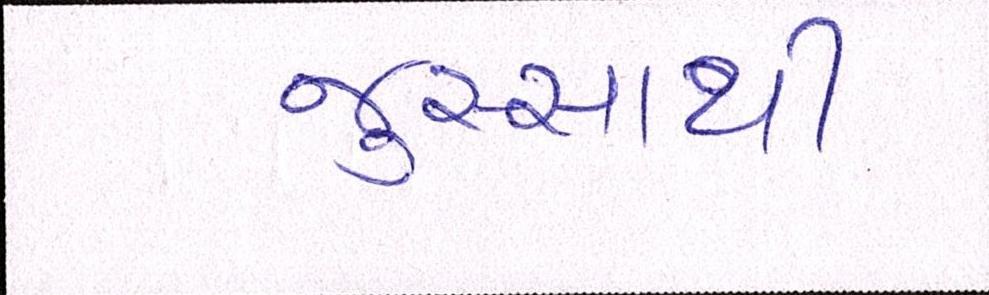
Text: જુસ્સાથી